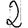
Digit: 2